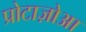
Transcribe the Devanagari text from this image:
प्रोटाज़ोआ